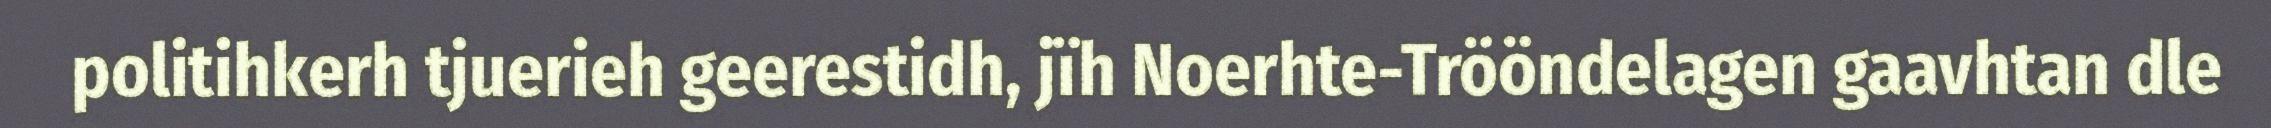
politihkerh tjuerieh geerestidh, jïh Noerhte-Trööndelagen gaavhtan dle